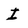
Character: I